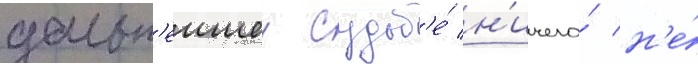
дальн'еишеи судьб'е́ н'ичего́ н'е́